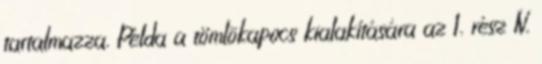
tartalmazza. Példa a tömlõkapocs kialakítására az 1. rész IV.